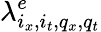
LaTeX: \lambda_{i_{x},i_{t},q_{x},q_{t}}^{e}